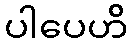
ပါပေဟိ